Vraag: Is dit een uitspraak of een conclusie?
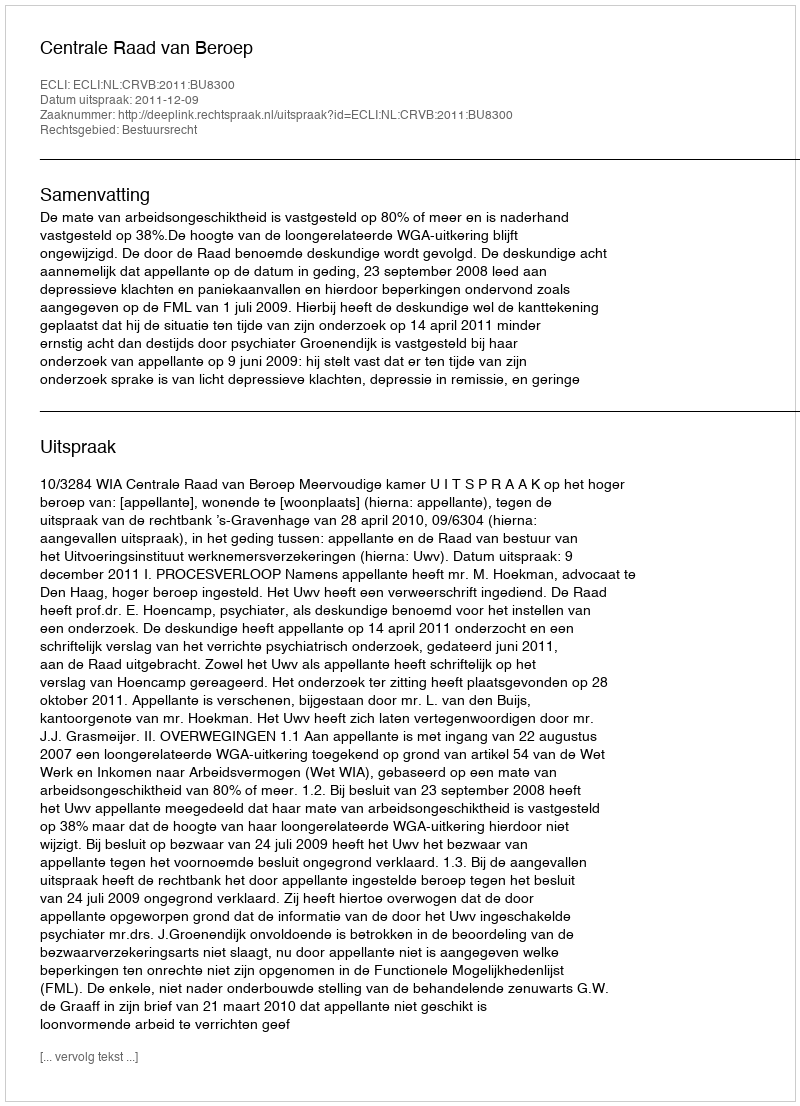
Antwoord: Uitspraak